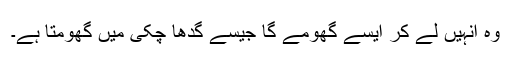
وہ انہیں لے کر ایسے گھومے گا جیسے گدھا چکی میں گھومتا ہے۔